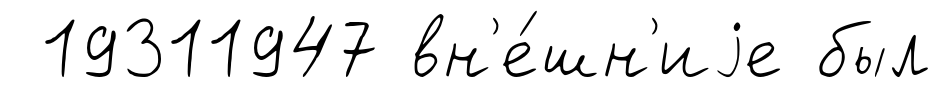
19311947 вн'е́шн'иjе был